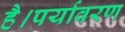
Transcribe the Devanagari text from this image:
है।पर्यावरण